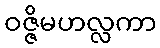
ဝဇ္ဇိမဟလ္လကာ